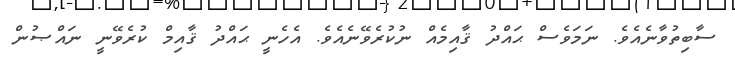
ސާބިތުވާނެއެވެ. ނަމަވެސް ޙައްދު ޤާއިމެއް ނުކުރެވޭނެއެވެ. އެހެނީ ޙައްދު ޤާއިމް ކުރެވޭނީ ނައްޞުން